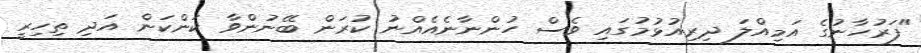
"ފަރުހާނުގެ އަމިއްލަ ދިރިއުޅުމުގައި ވެސް ހުންނާނެއެއްނު ކުރަން ބޭނުންވާ ކަންކަން އަދި ތިހިރީ